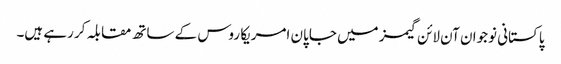
پاکستانی نوجوان آن لائن گیمز میں جاپان امریکا روس کے ساتھ مقابلہ کر رہے ہیں۔